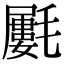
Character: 𣰢